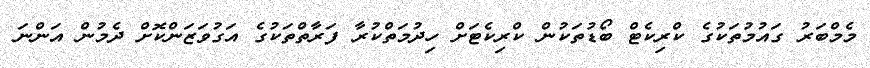
މެމްބަރު ގައުމުތަކުގެ ކްރިކެޓް ބޯޑުތަކުން ކްރިކެޓަށް ހިދުމަތްކުރާ ފަރާތްތަކުގެ އަގުވަޒަންކޮށް ދެމުން އަންނަަ